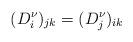
LaTeX: \begin{align*}(D^{\nu}_i)_{jk}=(D^{\nu}_j)_{ik}\end{align*}